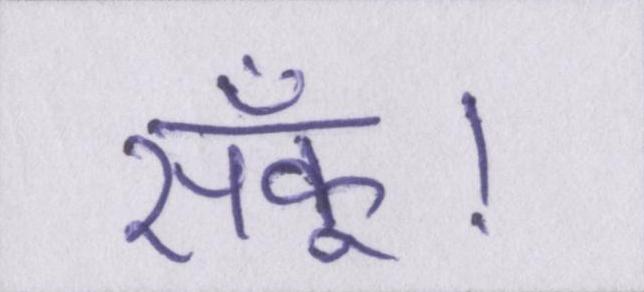
सकूँ।